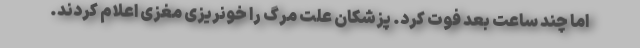
اما چند ساعت بعد فوت کرد. پزشکان علت مرگ را خونریزی مغزی اعلام کردند.